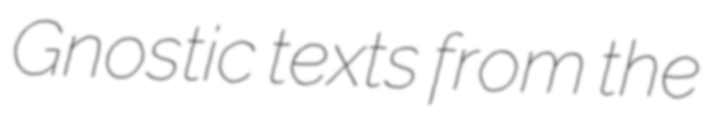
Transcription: Gnostic texts from the